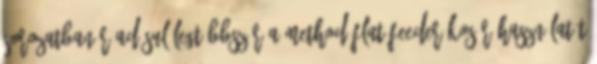
sorozatban ráadásul legtöbbször a Method Flat Feeder kosár használatát